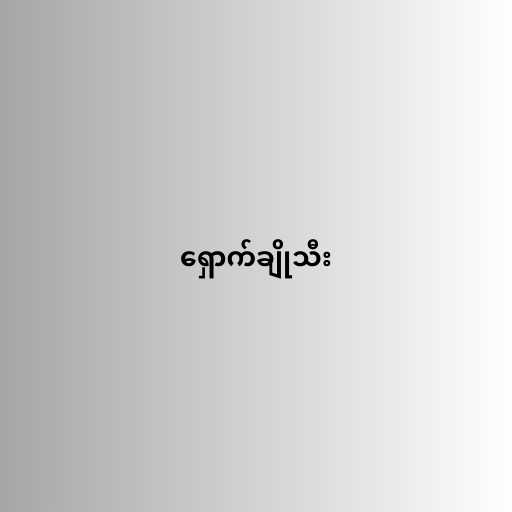
ရှောက်ချိုသီး